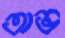
অভ